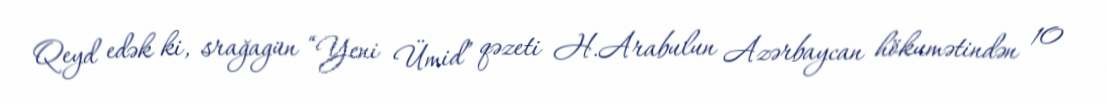
Qeyd edək ki, srağagün “Yeni Ümid” qəzeti H.Arabulun Azərbaycan hökumətindən 10